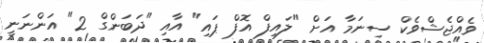
ވެއްޖެޝްވެކް ސިނަމާ އަށް "ލައިފް އޮފް ޕައި" އާއި "ދަބަންގް 2" އަންނަނީ